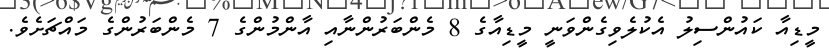
މީޑިއާ ކައުންސިލު އެކުލެވިގެންވަނީ މީޑިއާގެ 8 މެންބަރުންނާއި އާންމުންގެ 7 މެންބަރުންގެ މައްޗަށެވެ.